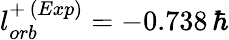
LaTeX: l_{orb}^{+\, (Exp)}=-0.738\, \hbar